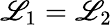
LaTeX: \mathscr{L}_{1}=\mathscr{L}_{2}